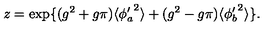
z = \exp \{ ( g ^ { 2 } + g \pi ) \langle { \phi _ { a } ^ { \prime } } ^ { 2 } \rangle + ( g ^ { 2 } - g \pi ) \langle { \phi _ { b } ^ { \prime } } ^ { 2 } \rangle \} .